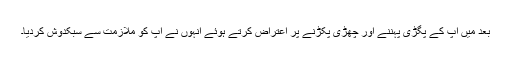
بعد میں آپ کے پگڑی پہننے اور چھڑی پکڑنے پر اعتراض کرتے ہوئے انہوں نے آپ کو ملازمت سے سبکدوش کردیا۔